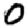
Digit: 0